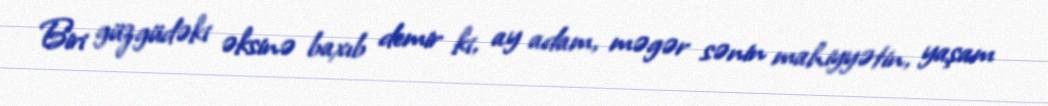
Biri güzgüdəki əksinə baxıb demir ki, ay adam, məgər sənin mahiyyətin, yaşam